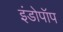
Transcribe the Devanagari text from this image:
इंडोपॉप